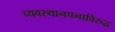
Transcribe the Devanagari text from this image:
व्यवस्थानपनाविरुद्ध